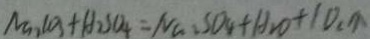
N a _ { 2 } C O _ { 3 } + H _ { 2 } S O _ { 4 } = N a _ { 2 } S O _ { 4 } + H _ { 2 } O + C O _ { 3 } \uparrow